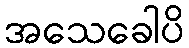
အသေခေါပိ